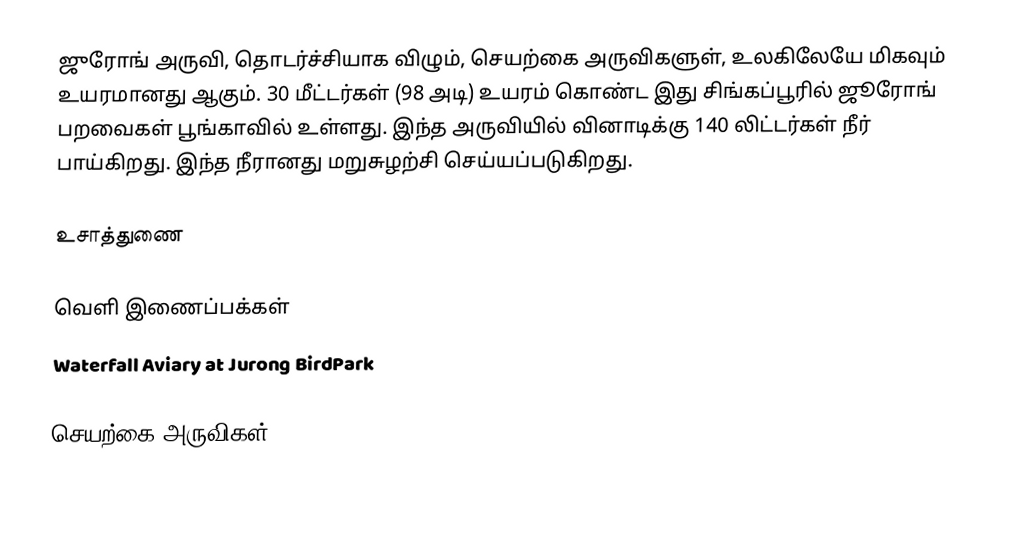
ஜுரோங் அருவி, தொடர்ச்சியாக விழும், செயற்கை அருவிகளுள், உலகிலேயே மிகவும் உயரமானது ஆகும். 30 மீட்டர்கள் (98 அடி) உயரம் கொண்ட இது சிங்கப்பூரில் ஜூரோங் பறவைகள் பூங்காவில் உள்ளது. இந்த அருவியில் வினாடிக்கு  140 லிட்டர்கள் நீர் பாய்கிறது. இந்த நீரானது மறுசுழற்சி செய்யப்படுகிறது.

உசாத்துணை

வெளி இணைப்பக்கள்
Waterfall Aviary at Jurong BirdPark

 செயற்கை அருவிகள்